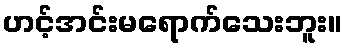
ဟင့်အင်းမရောက်သေးဘူး။